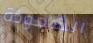
الشعوذة